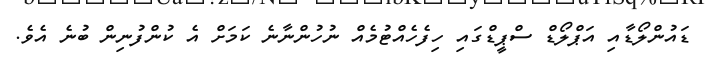
ޑައުންލޯޑާއި އަޕްލޯޑް ސްޕީޑްގައި ހިފެހެއްޓުމެއް ނުހުންނާނެ ކަމަށް އެ ކުންފުނިން ބުނެ އެވެ.